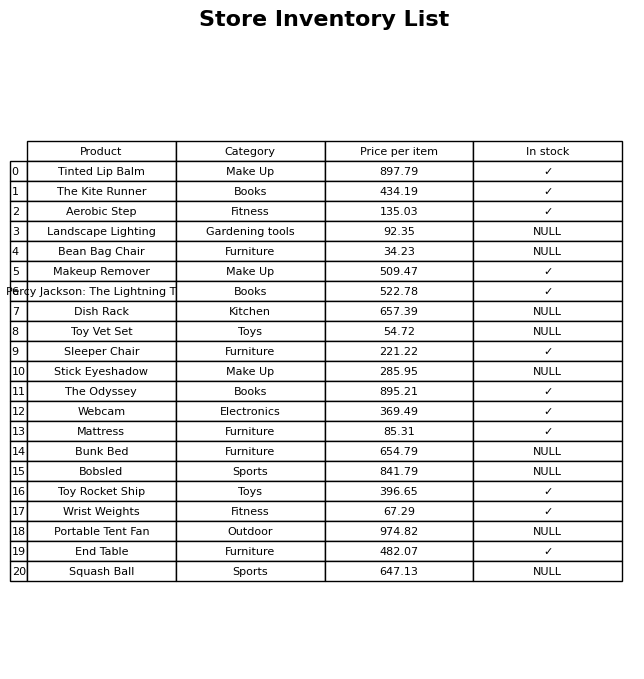
question: What category does the Sleeper Chair belong to?
answer: Furniture